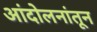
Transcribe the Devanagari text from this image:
आंदोलनांतून